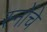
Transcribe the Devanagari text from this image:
स्नोंचे